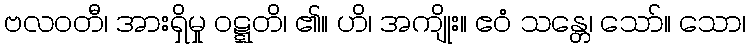
ဗလဝတီ၊ အားရှိမှု ဝဋ္ဋတိ၊ ၏။ ဟိ၊ အကျိုး။ ဧဝံ သန္တေ၊ သော်။ သော၊